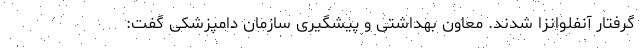
گرفتار آنفلوانزا شدند. معاون بهداشتی و پیشگیری سازمان دامپزشکی گفت: